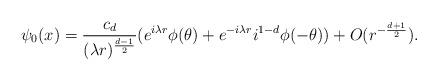
LaTeX: \begin{align*} \psi_0(x) = \frac{c_d }{ ( \lambda r )^{\frac{d-1}{2} }} ( e^{i \lambda r} \phi(\theta) + e^{-i \lambda r} i^{1-d} \phi(-\theta) ) + O( r^{-\frac{d+1}{2}}). \end{align*}